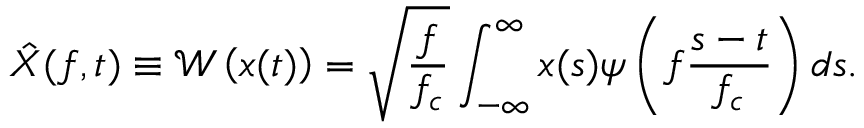
\hat { X } ( f , t ) \equiv \mathcal { W } \left( x ( t ) \right) = \sqrt { \frac { f } { f _ { c } } } \int _ { - \infty } ^ { \infty } x ( s ) \psi \left( f \frac { s - t } { f _ { c } } \right) d s .